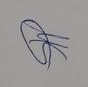
Signature authenticity: genuine